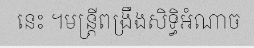
នេះ ។មន្ត្រីពង្រឹងសិទ្ធិអំណាច